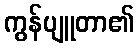
ကွန်ပျူတာ၏